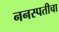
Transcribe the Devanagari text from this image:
ननस्पतीचा